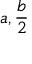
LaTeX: a , { \frac { b } { 2 } }